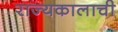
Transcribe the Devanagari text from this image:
राज्यकालाची